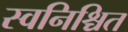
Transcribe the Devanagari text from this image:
स्वनिश्चित